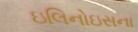
ઇલિનોઇસના